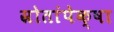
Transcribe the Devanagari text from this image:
स्रोतांपेक्षा